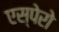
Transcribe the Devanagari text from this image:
एस्पेरो